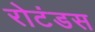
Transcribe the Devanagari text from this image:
रोटंडस